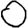
Digit: 0